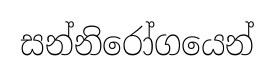
සන්නිරෝගයෙන්